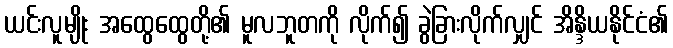
ယင်းလူမျိုး အထွေထွေတို့၏ မူလဘူတကို လိုက်၍ ခွဲခြားလိုက်လျှင် အိန္ဒိယနိုင်ငံ၏